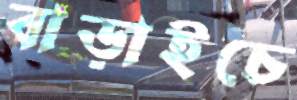
বাড়াইচে